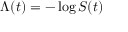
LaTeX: \, \Lambda ( t ) = - \log S ( t )